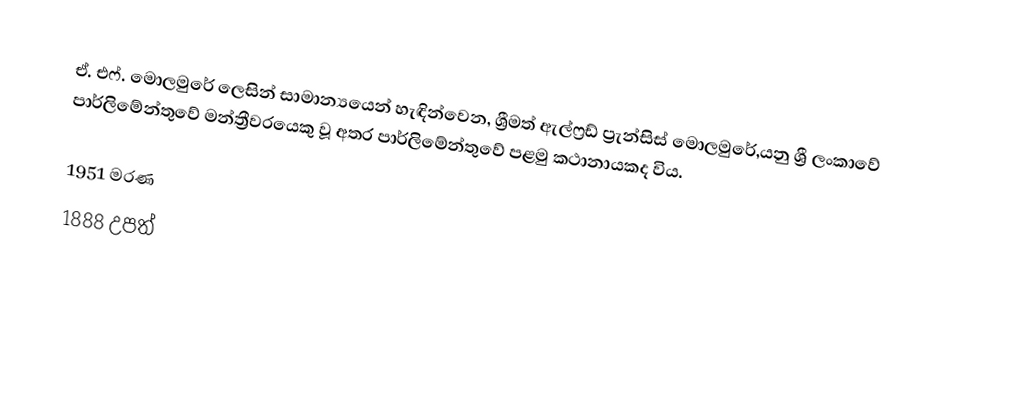
ඒ. එෆ්. මොලමුරේ ලෙසින් සාමාන්‍යයෙන් හැඳින්වෙන, ශ්‍රීමත් ඇල්ෆ්‍රඩ් ප්‍රැන්සිස් මොලමුරේ,යනු ශ්‍රී ලංකාවේ පාර්ලිමේන්තුවේ මන්ත්‍රීවරයෙකු වූ අතර පාර්ලිමේන්තුවේ පළමු කථානායකද විය.

1951 මරණ
1888 උපත්